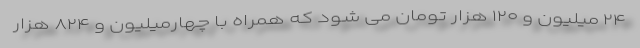
۲۴ میلیون و ۱۲۰ هزار تومان می شود که همراه با چهارمیلیون و ۸۲۴ هزار